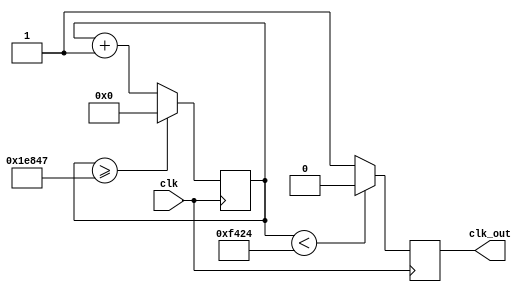
/**********************************************************************************************
 * Project Name       : clk divider
 * Module description : 
 * Target             : 5CSXFC6D6F31C6
 **********************************************************************************************/


module clk_div #(
	parameter	COUNTS 		=  125000//Data width
	) (
	//Input ports
	input 						clk,
	//output ports
	output reg		clk_out	
);
 
	reg [$clog2(COUNTS)-1:0] counter = {$clog2(COUNTS){1'b0}};
 
	always@ (posedge clk) begin
		counter <= (counter >= COUNTS-1) ? {$clog2(COUNTS){1'b0}} : counter + 1'b1;
		clk_out <= (counter < COUNTS/2) ? 1'b0 : 1'b1;
	end
endmodule